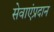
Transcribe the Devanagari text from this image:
सेवाएंप्रदान